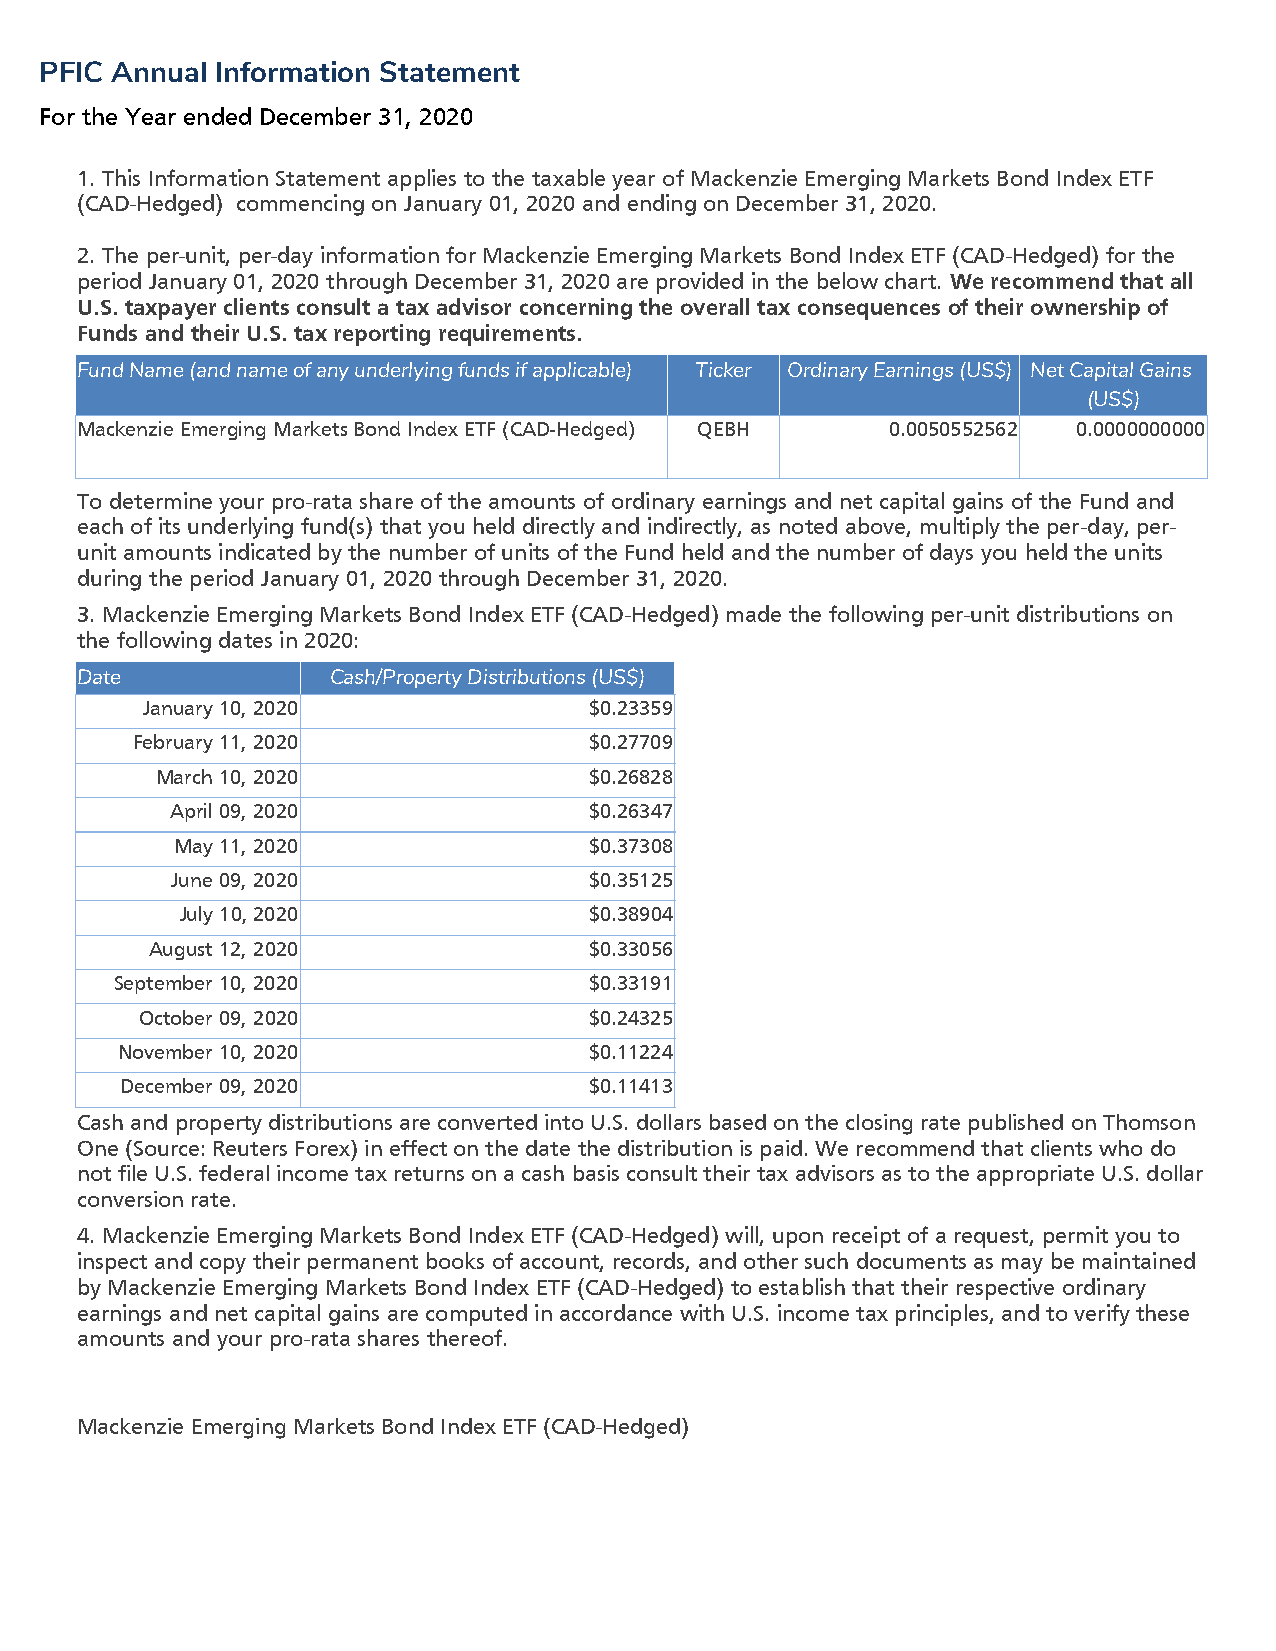
PFIC Annual Information Statement
 For the Year ended December 31, 2020
 1. This Information Statement applies to the taxable year of Mackenzie Emerging Markets Bond Index ETF
 (CAD-Hedged) commencing on January 01, 2020 and ending on December 31, 2020.
 2. The per-unit, per-day information for Mackenzie Emerging Markets Bond Index ETF (CAD-Hedged) for the
 period January 01, 2020 through December 31, 2020 are provided in the below chart. We recommend that all
 U.S. taxpayer clients consult a tax advisor concerning the overall tax consequences of their ownership of
 Funds and their U.S. tax reporting requirements.
 Fund Name (and name of any underlying funds if applicable) Ticker Ordinary Earnings (US$) Net Capital Gains
 (US$)
 Mackenzie Emerging Markets Bond Index ETF (CAD-Hedged) QEBH 0.0050552562 0.0000000000
 To determine your pro-rata share of the amounts of ordinary earnings and net capital gains of the Fund and
 each of its underlying fund(s) that you held directly and indirectly, as noted above, multiply the per-day, per-
 unit amounts indicated by the number of units of the Fund held and the number of days you held the units
 during the period January 01, 2020 through December 31, 2020.
 3. Mackenzie Emerging Markets Bond Index ETF (CAD-Hedged) made the following per-unit distributions on
 the following dates in 2020:
 Date             Cash/Property Distributions (US$)
 January 10, 2020              $0.23359
 February 11, 2020             $0.27709
 March 10, 2020               $0.26828
 April 09, 2020              $0.26347
 May 11, 2020               $0.37308
 June 09, 2020               $0.35125
 July 10, 2020              $0.38904
 August 12, 2020              $0.33056
 September 10, 2020             $0.33191
 October 09, 2020              $0.24325
 November 10, 2020              $0.11224
 December 09, 2020              $0.11413
 Cash and property distributions are converted into U.S. dollars based on the closing rate published on Thomson
 One (Source: Reuters Forex) in effect on the date the distribution is paid. We recommend that clients who do
 not file U.S. federal income tax returns on a cash basis consult their tax advisors as to the appropriate U.S. dollar
 conversion rate.
 4. Mackenzie Emerging Markets Bond Index ETF (CAD-Hedged) will, upon receipt of a request, permit you to
 inspect and copy their permanent books of account, records, and other such documents as may be maintained
 by Mackenzie Emerging Markets Bond Index ETF (CAD-Hedged) to establish that their respective ordinary
 earnings and net capital gains are computed in accordance with U.S. income tax principles, and to verify these
 amounts and your pro-rata shares thereof.
 Mackenzie Emerging Markets Bond Index ETF (CAD-Hedged)